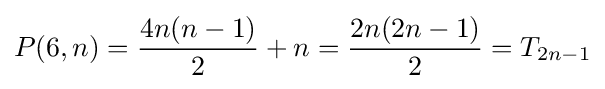
P(6,n)={\frac {4n(n-1)}{2}}+n={\frac {2n(2n-1)}{2}}=T_{2n-1}